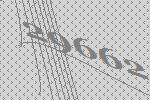
29662